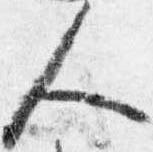
人